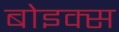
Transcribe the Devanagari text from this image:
बोइक्स